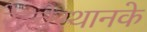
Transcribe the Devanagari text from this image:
रेल्वेस्थानके